Document type: Testament
Year: 1362
Scribe: Berenguer Vergós
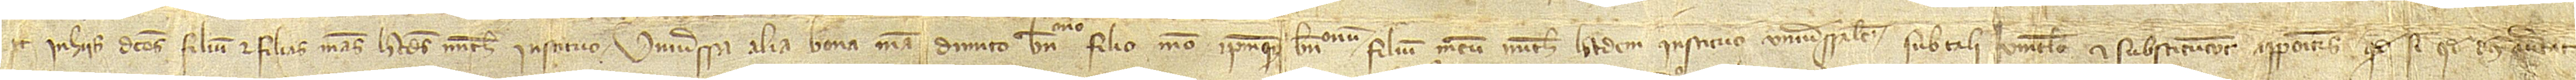
et in hiis dictos filium et filias meas heredes michi instituo. Universsa alia bona mea dimito Berengarono, filio meo, ipsumque Berengaronum, filium meum, michi heredem instituo universalem, sub tali vinculo et substitucione appositis quod si, quod Deus avertat,